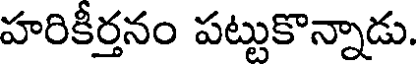
హరికీర్తనం పట్టుకొన్నాడు.